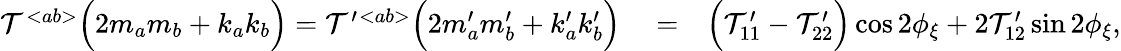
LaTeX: \begin{array}{rlr}{{\cal T}^{<ab>}\Big(2m_{a}m_{b}+k_{a}k_{b}\Big)={\cal T}^{\prime}{}^{<ab>}\Big(2m_{a}^{\prime}m_{b}^{\prime}+k_{a}^{\prime}k_{b}^{\prime}\Big)}&{{}=}&{\Big({\cal T}_{11}^{\prime}-{\cal T}_{22}^{\prime}\Big)\cos 2\phi_{\xi}+2{\cal T}_{12}^{\prime}\sin 2\phi_{\xi},}\end{array}